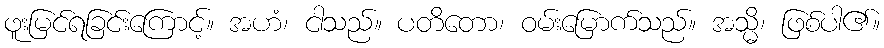
ဖူးမြင်ရခြင်းကြောင့်။ အဟံ၊ ငါသည်။ ပတိတော၊ ဝမ်းမြောက်သည်။ အသ္မိ၊ ဖြစ်ပါ၏။